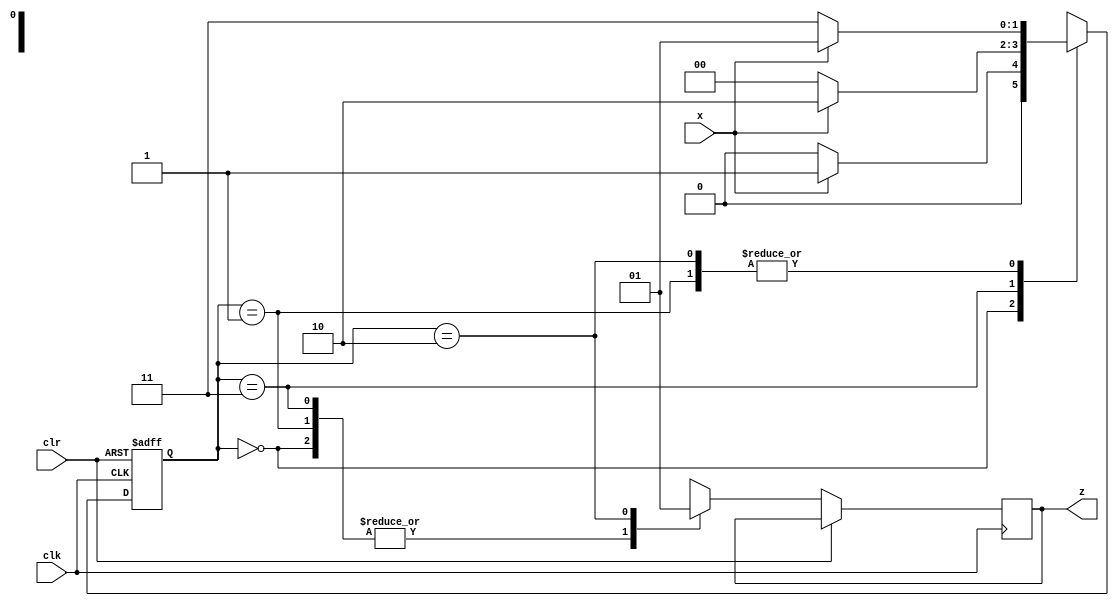
module fsm4_seq101(clk,clr,x,z);
	input clk,clr,x;
	output reg z;
	reg[1:0] state;
	parameter S0=2'b00,S1=2'b01,S2=2'b11,S3=2'b10;
	always @(posedge clk or posedge clr)
	begin
		if(clr) state<=S0;
		else case(state)
		S0:begin if(x) begin state<=S1;z=1'b0;end
			else begin state<=S0;z=1'b0;end
			end
		S1:begin if(x) begin state<=S1;z=1'b0;end
			else begin state<=S2;z=1'b0;end
			end
		S2:begin if(x) begin state<=S3;z=1'b0;end
			else begin state<=S0;z=1'b0;end
			end
		S3:begin if(x) begin state<=S1;z=1'b1;end
			else begin state=S2;z=1'b1;end
			end
		default:begin state<=S0;z=1'b0;end
		endcase
	end
endmodule